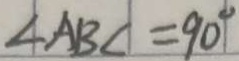
\angle A B C = 9 0 ^ { \circ }